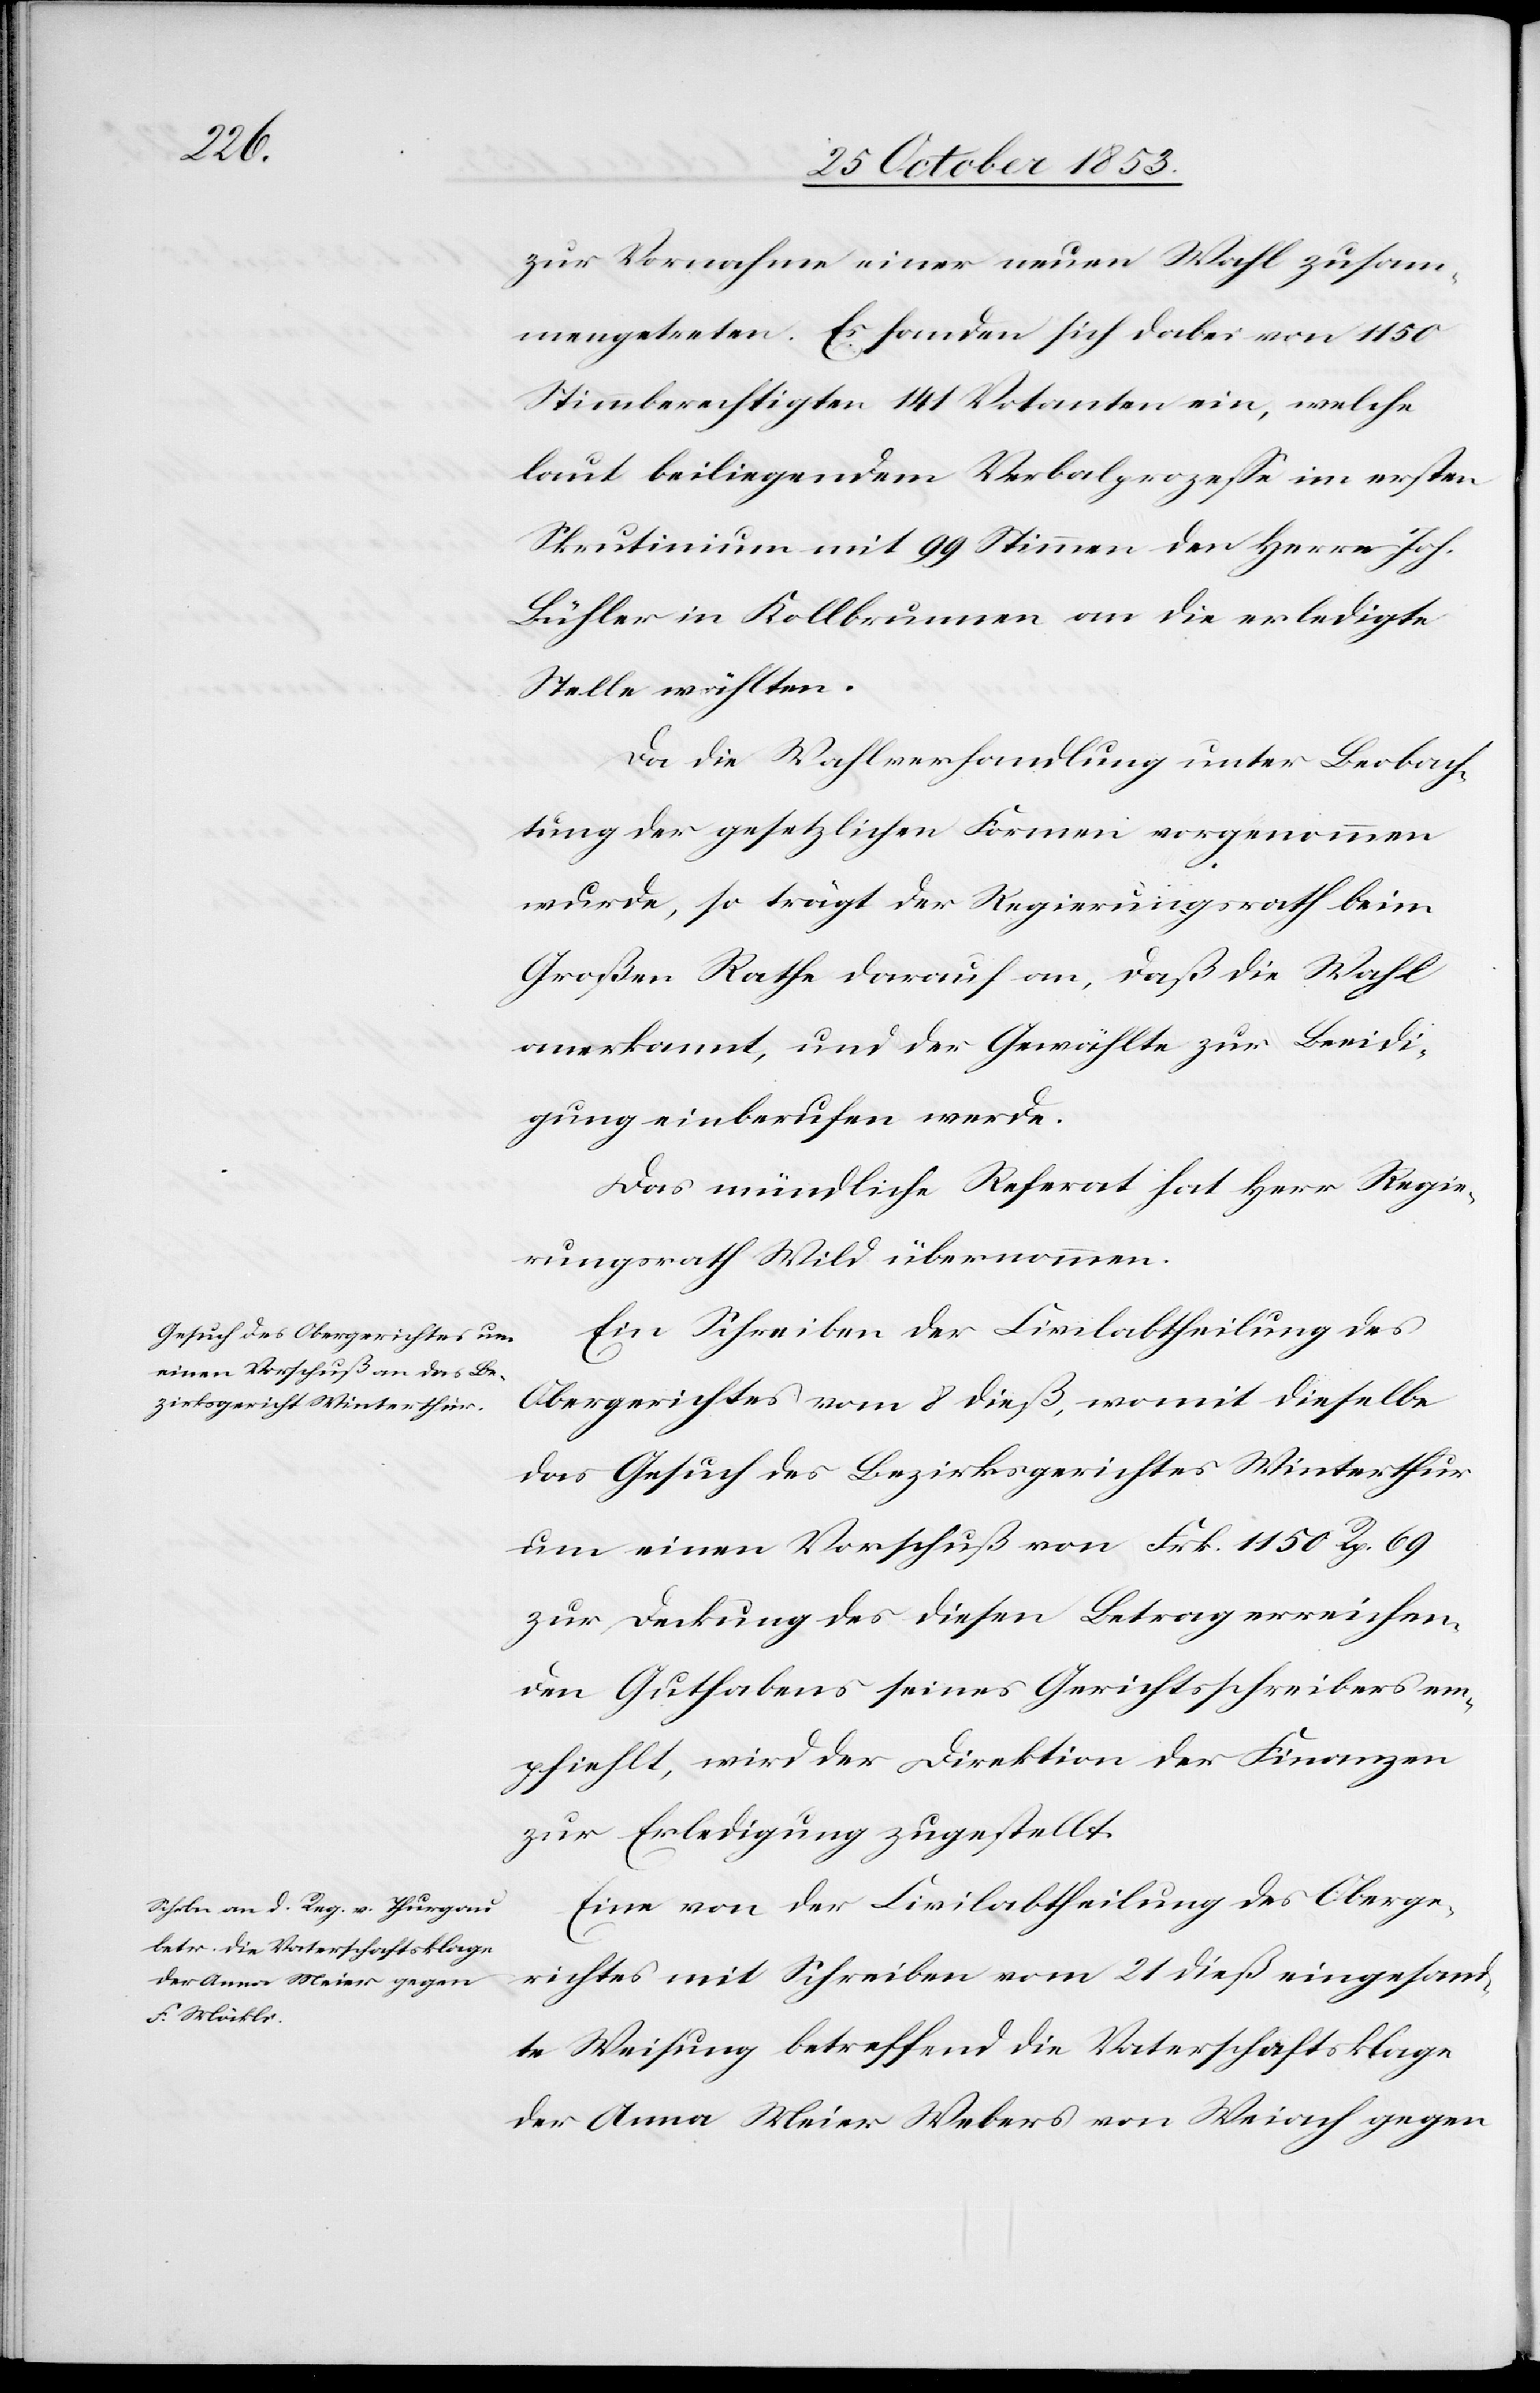
zur Vornahme einer neuen Wahl zusam¬
mengetreten. Es sondern sich dabei von 1150
Stimmberechtigten 141 Votanten ein, welche
laut beiliegendem Verbalprozeße im ersten
Skrutinium mit 99 Stimmen der Herrn Joh.
Bühler in Kollbrunnen an die erledigte
Stelle wählten.
Da die Wahlverhandlung unter Beobach¬
tung der gesetzlichen Formen vorgenommen
wurde, so trägt der Regierungsrath beim
Großen Rathe darauf an, daß die Wahl
anerkannt, und der Gewählte zur Beeidi¬
gung einberufen werde.
Das mündliche Referat hat Herr Regie¬
rungsrath Wild übernommen.
Ein Schreiben der Civilabtheilung des
Obergerichtes vom 8 dieß, womit dieselbe
das Gesuch des Bezirksgerichtes Winterthur
um einen Vorschuß von Frk. 1150 Rp. 69
zur Deckung des diesen Betrag erreichen¬
den Guthabens seines Gerichtsschreibers em¬
pfiehlt, wird der Direktion der Finanzen
zur Erledigung zugestellt.
Eine von der Civilabtheilung des Oberge¬
richtes mit Schreiben vom 21 dieß eingesand¬
te Weisung betreffend die Vaterschaftsklage
der Anna Meier Webers von Weiach gegen